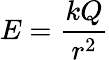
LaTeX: E=\frac{kQ}{r^{2}}